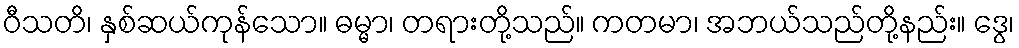
ဝီသတိ၊ နှစ်ဆယ်ကုန်သော။ ဓမ္မာ၊ တရားတို့သည်။ ကတမာ၊ အဘယ်သည်တို့နည်း။ ဒွေ၊